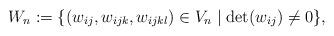
LaTeX: \begin{align*}W_n:=\{(w_{ij},w_{ijk},w_{ijkl}) \in V_n \mid \det(w_{ij}) \neq 0\},\end{align*}